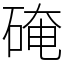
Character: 硽